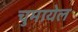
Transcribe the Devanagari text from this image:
चुमायेल